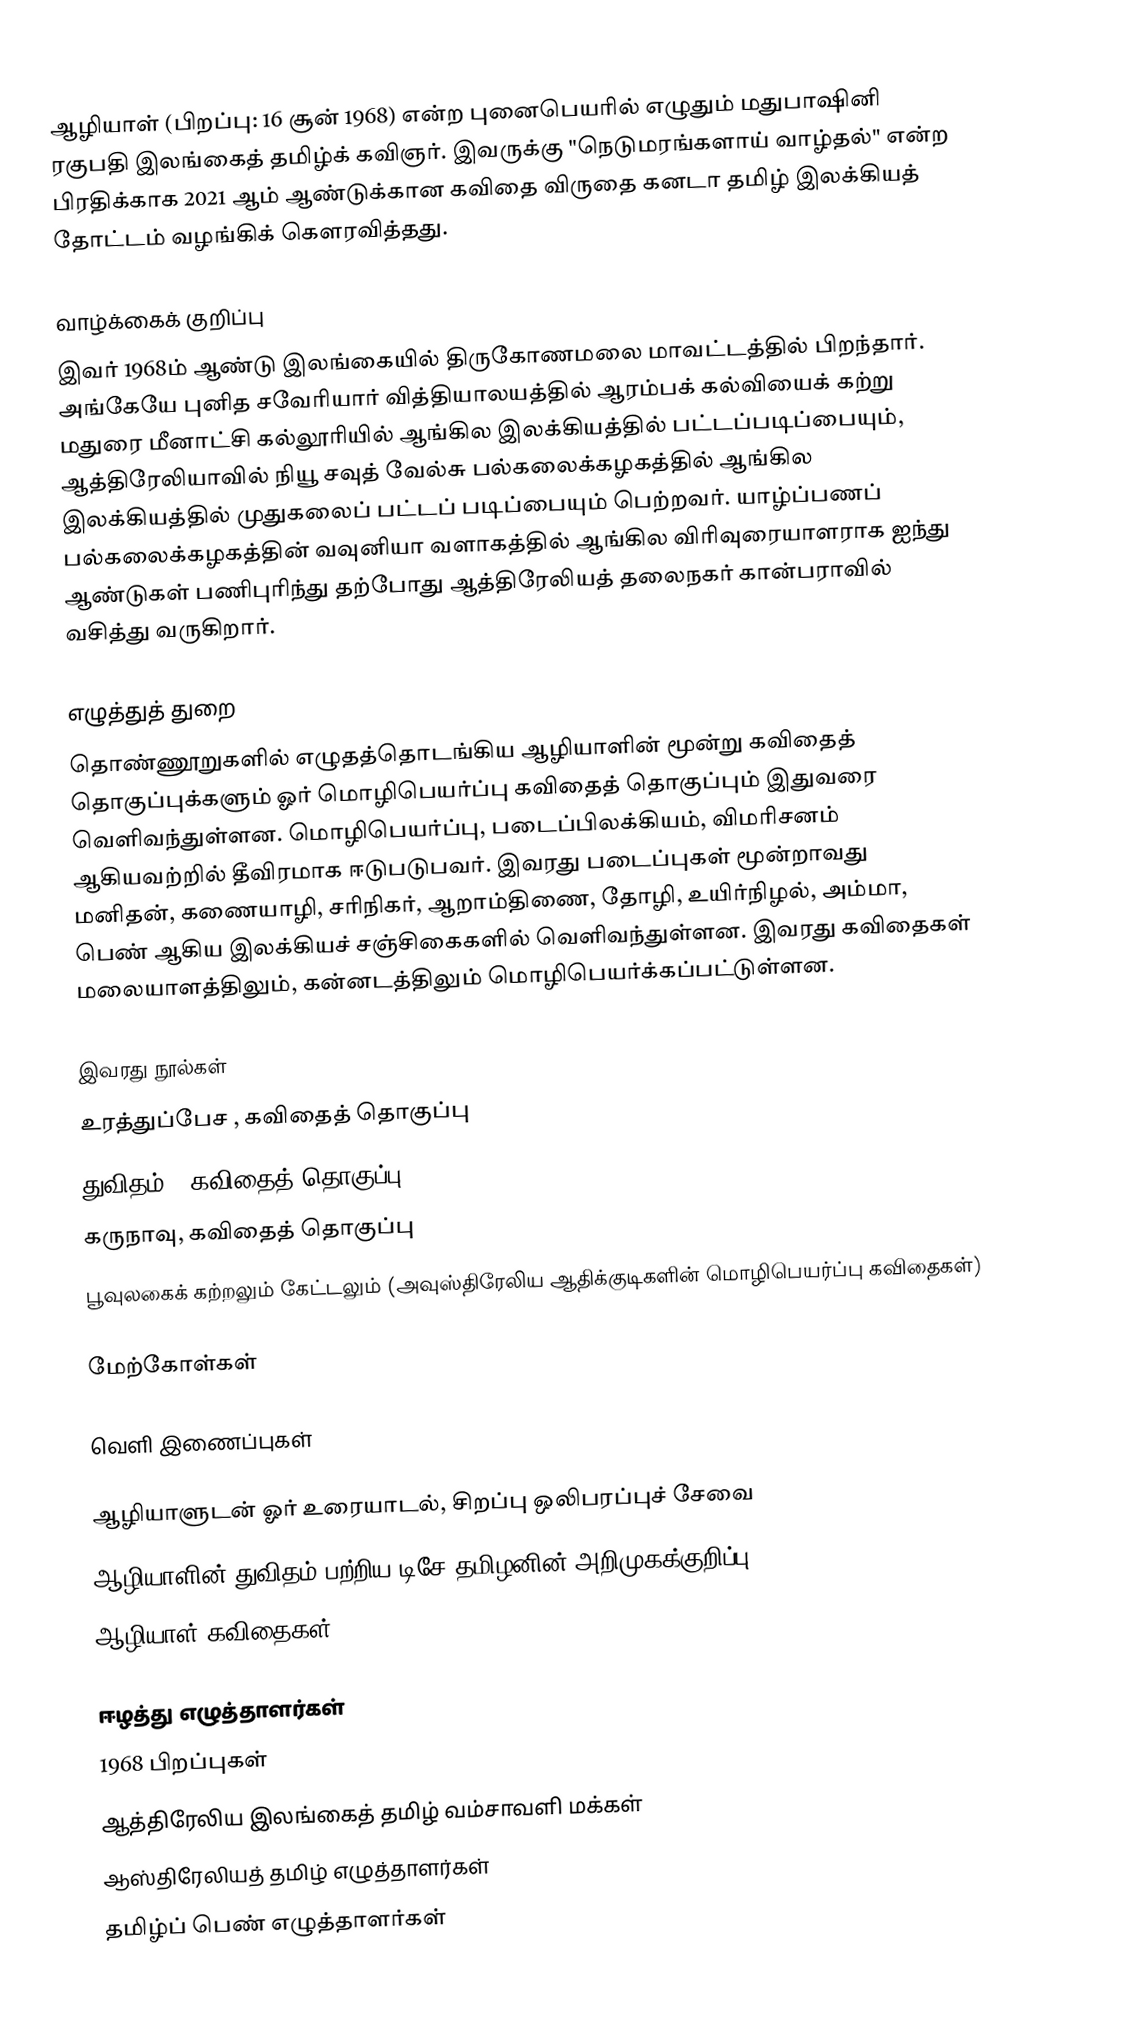
ஆழியாள் (பிறப்பு: 16 சூன் 1968) என்ற புனைபெயரில் எழுதும் மதுபாஷினி ரகுபதி இலங்கைத் தமிழ்க் கவிஞர். இவருக்கு "நெடுமரங்களாய் வாழ்தல்" என்ற பிரதிக்காக 2021 ஆம் ஆண்டுக்கான கவிதை விருதை  கனடா தமிழ் இலக்கியத் தோட்டம் வழங்கிக் கௌரவித்தது.

வாழ்க்கைக் குறிப்பு
இவர் 1968ம் ஆண்டு இலங்கையில் திருகோணமலை மாவட்டத்தில் பிறந்தார். அங்கேயே புனித சவேரியார் வித்தியாலயத்தில் ஆரம்பக் கல்வியைக் கற்று மதுரை மீனாட்சி கல்லூரியில் ஆங்கில இலக்கியத்தில் பட்டப்படிப்பையும்,  ஆத்திரேலியாவில் நியூ சவுத் வேல்சு பல்கலைக்கழகத்தில் ஆங்கில இலக்கியத்தில் முதுகலைப் பட்டப் படிப்பையும் பெற்றவர். யாழ்ப்பணப் பல்கலைக்கழகத்தின் வவுனியா வளாகத்தில் ஆங்கில விரிவுரையாளராக ஐந்து ஆண்டுகள் பணிபுரிந்து தற்போது ஆத்திரேலியத் தலைநகர்  கான்பராவில் வசித்து வருகிறார்.

எழுத்துத் துறை
தொண்ணூறுகளில் எழுதத்தொடங்கிய ஆழியாளின் மூன்று கவிதைத் தொகுப்புக்களும் ஓர் மொழிபெயர்ப்பு கவிதைத் தொகுப்பும் இதுவரை வெளிவந்துள்ளன. மொழிபெயர்ப்பு, படைப்பிலக்கியம், விமரிசனம் ஆகியவற்றில் தீவிரமாக ஈடுபடுபவர். இவரது படைப்புகள் மூன்றாவது மனிதன், கணையாழி, சரிநிகர், ஆறாம்திணை, தோழி, உயிர்நிழல், அம்மா, பெண் ஆகிய இலக்கியச் சஞ்சிகைகளில் வெளிவந்துள்ளன. இவரது கவிதைகள் மலையாளத்திலும், கன்னடத்திலும் மொழிபெயர்க்கப்பட்டுள்ளன.

இவரது நூல்கள்
 உரத்துப்பேச , கவிதைத் தொகுப்பு
 துவிதம் , கவிதைத் தொகுப்பு
 கருநாவு, கவிதைத் தொகுப்பு
 பூவுலகைக் கற்றலும் கேட்டலும் (அவுஸ்திரேலிய ஆதிக்குடிகளின் மொழிபெயர்ப்பு கவிதைகள்)

மேற்கோள்கள்

வெளி இணைப்புகள்

ஆழியாளுடன் ஓர் உரையாடல், சிறப்பு ஒலிபரப்புச் சேவை
 ஆழியாளின் துவிதம் பற்றிய டிசே தமிழனின் அறிமுகக்குறிப்பு
ஆழியாள் கவிதைகள்

ஈழத்து எழுத்தாளர்கள்
1968 பிறப்புகள்
ஆத்திரேலிய இலங்கைத் தமிழ் வம்சாவளி மக்கள்
ஆஸ்திரேலியத் தமிழ் எழுத்தாளர்கள்
தமிழ்ப் பெண் எழுத்தாளர்கள்